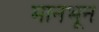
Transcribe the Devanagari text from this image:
मानभून